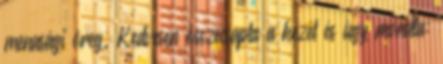
menasági öreg. Kedvesen összecsapta a kezét és úgy mondta: